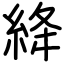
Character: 絳